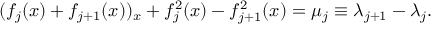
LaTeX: ( f _ { j } ( x ) + f _ { j + 1 } ( x ) ) _ { x } + f _ { j } ^ { 2 } ( x ) - f _ { j + 1 } ^ { 2 } ( x ) = \mu _ { j } \equiv \lambda _ { j + 1 } - \lambda _ { j } .